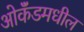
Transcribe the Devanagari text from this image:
ओकॅंडमधील